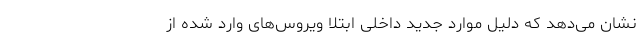
نشان می‌دهد که دلیل موارد جدید داخلی ابتلا ویروس‌های وارد شده از